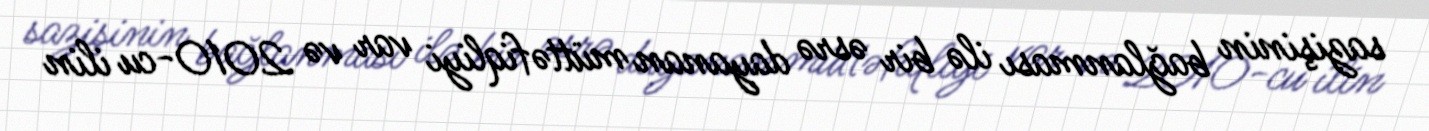
sazişinin bağlanması ilə bir əsrə dayanan müttəfiqliyi var və 2010-cu ilin